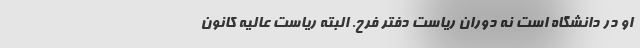
او در دانشگاه است نه دوران ریاست دفتر فرح. البته ریاست عالیه کانون